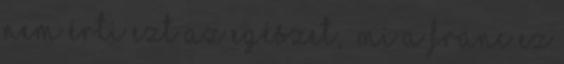
nem érti ezt az egé­szet, „mi a franc ez